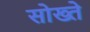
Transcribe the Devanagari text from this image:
सोख्ते